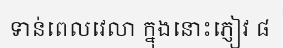
ទាន់ពេលវេលា ក្នុងនោះភ្ញៀវ ៨